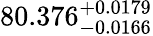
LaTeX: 80.376_{-0.0166}^{+0.0179}